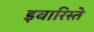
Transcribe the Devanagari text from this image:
इवारिस्ते